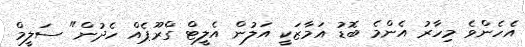
އެހެންވެ މިހާރު އެންމެ ބޮޑު އަމާޒަކީ އަލުން އެލީޓް ގްރޫޕެއް ހެދުން" ސަލީމް